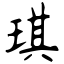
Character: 琪